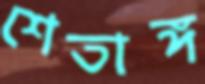
শেতাঙ্গ